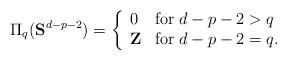
LaTeX: \begin{align*}\Pi_{q}({\bf S}^{d-p-2})=\left\{ \begin{array}{lll}0 &{\rm for}\; d-p-2 > q \\{\bf Z} &{\rm for}\; d-p-2=q.\end{array} \right.\end{align*}